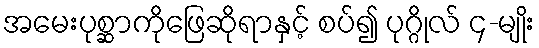
အမေးပုစ္ဆာကိုဖြေဆိုရာနှင့် စပ်၍ ပုဂ္ဂိုလ် ၄-မျိုး